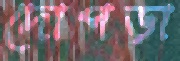
দোপড়া